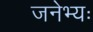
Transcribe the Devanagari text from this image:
जनेभ्यः